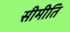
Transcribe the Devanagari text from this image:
सीमीति